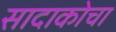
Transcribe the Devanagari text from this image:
सादाकोचा